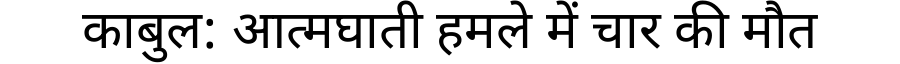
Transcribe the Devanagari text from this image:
काबुल: आत्मघाती हमले में चार की मौत